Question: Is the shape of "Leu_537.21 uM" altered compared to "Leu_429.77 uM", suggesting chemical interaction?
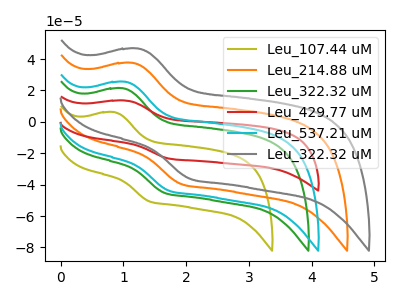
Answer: <think>The olive curve "Leu_107.44 uM" has an anodic peak at (0.85V, 6.20uA) and a cathodic peak at (1.40V, -50.70uA). The orange curve "Leu_214.88 uM" has an anodic peak at (1.15V, 37.50uA) and a cathodic peak at (1.90V, -39.55uA). The green curve "Leu_322.32 uM" has an anodic peak at (1.00V, 21.35uA) and a cathodic peak at (1.65V, -45.30uA). The red curve "Leu_429.77 uM" has an anodic peak at (1.05V, 13.60uA) and a cathodic peak at (1.75V, -23.40uA). The cyan curve "Leu_537.21 uM" has an anodic peak at (1.05V, 25.45uA) and a cathodic peak at (1.75V, -43.85uA). The gray curve "Leu_322.32 uM" has an anodic peak at (1.25V, 46.65uA) and a cathodic peak at (2.05V, -36.35uA).
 All the peaks in "Leu_537.21 uM" have a peak in "Leu_429.77 uM" at the same potential. Every peak in "Leu_537.21 uM" is higher than every peak in "Leu_429.77 uM".</think>
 <answer>No, "Leu_537.21 uM" and "Leu_429.77 uM" don't appear to be significantly different in shape</answer>
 <eval>no_change</eval>